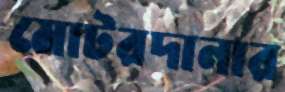
মোটরদানার